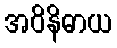
အဝိနိဓာယ